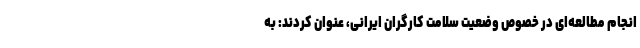
انجام مطالعه‌ای در خصوص وضعیت سلامت کارگران ایرانی، عنوان کردند: به